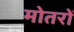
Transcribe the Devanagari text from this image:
मोतरों